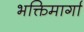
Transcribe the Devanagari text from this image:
भक्तिमार्गा